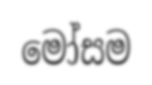
මෝසම